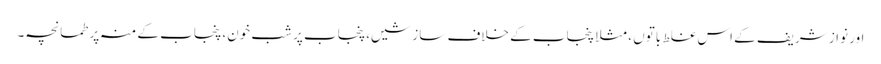
اور نواز شریف کے اس غلط باتوں ، مثلا پنجاب کے خلاف سازشیں، پنجاب پر شب خون، پنجاب کے منہ پر طمانچہ۔